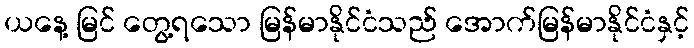
ယနေ့ မြင် တွေ့ရသော မြန်မာနိုင်ငံသည် အောက်မြန်မာနိုင်ငံနှင့်